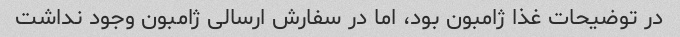
در توضیحات غذا ژامبون بود، اما در سفارش ارسالی ژامبون وجود نداشت